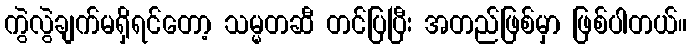
ကွဲလွဲချက်မရှိရင်တော့ သမ္မတဆီ တင်ပြပြီး အတည်ဖြစ်မှာ ဖြစ်ပါတယ်။